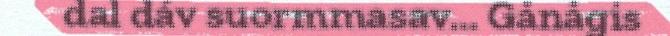
dal dáv suormmasav... Gånågis